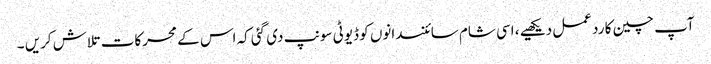
آپ چین کا رد عمل دیکھیے ، اسی شام سائنسدانوں کو ڈیوٹی سونپ دی گئی کہ اس کے محرکات تلاش کریں ۔